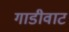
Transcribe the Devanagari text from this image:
गाडीवाट